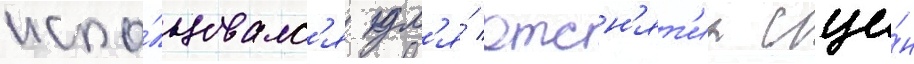
испо́льзовалс'я дл'я́ отсн'ят'иа сце́н